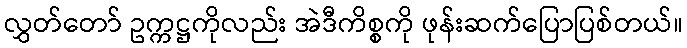
လွှတ်တော် ဥက္ကဋ္ဌကိုလည်း အဲဒီကိစ္စကို ဖုန်းဆက်ပြောပြစ်တယ်။